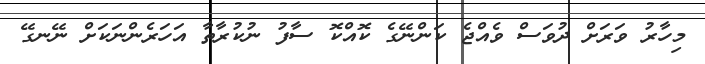
މިހާރު ވަރަށް ދުވަސް ވެއްޖެ ކަންނޭގެ ކޮއްކޮ ސާފު ނުކުރާތާ އަހަރެންނަކަށް ނޭނގޭ